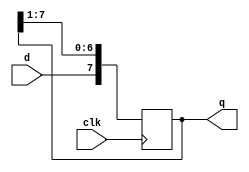
module verified_right_shifter(clk, q,d);  
     input  clk;  
     input d;  
     output  [7:0] q;  
      reg   [7:0]  q; 
    initial q = 0;
    always @(posedge clk)
          begin
            q<=(q>>1);
            q[7]<=d;
          end  
endmodule